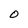
Character: O